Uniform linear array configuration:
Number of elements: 16
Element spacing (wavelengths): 1
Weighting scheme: cosine
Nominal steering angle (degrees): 45
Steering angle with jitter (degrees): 44.729
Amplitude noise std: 0.05
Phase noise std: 0.05

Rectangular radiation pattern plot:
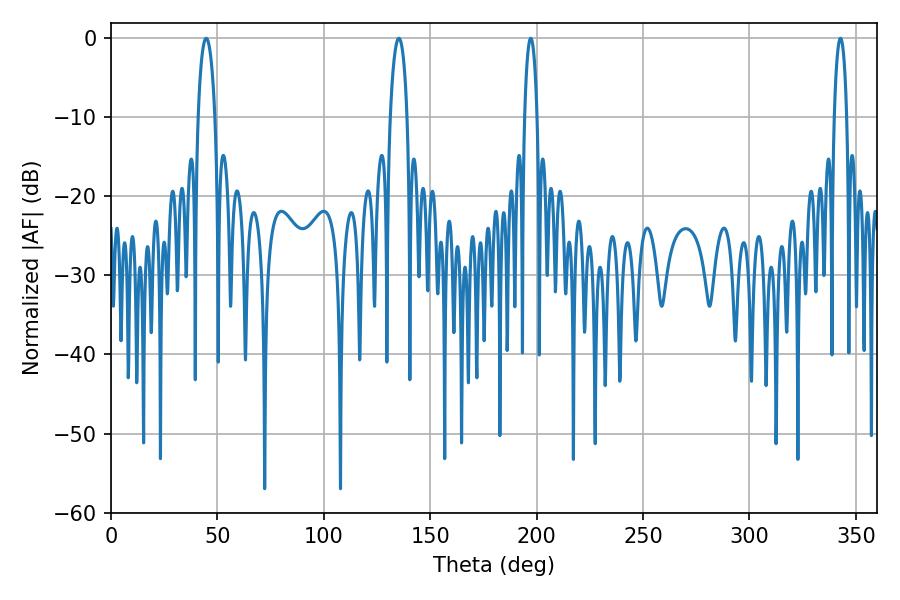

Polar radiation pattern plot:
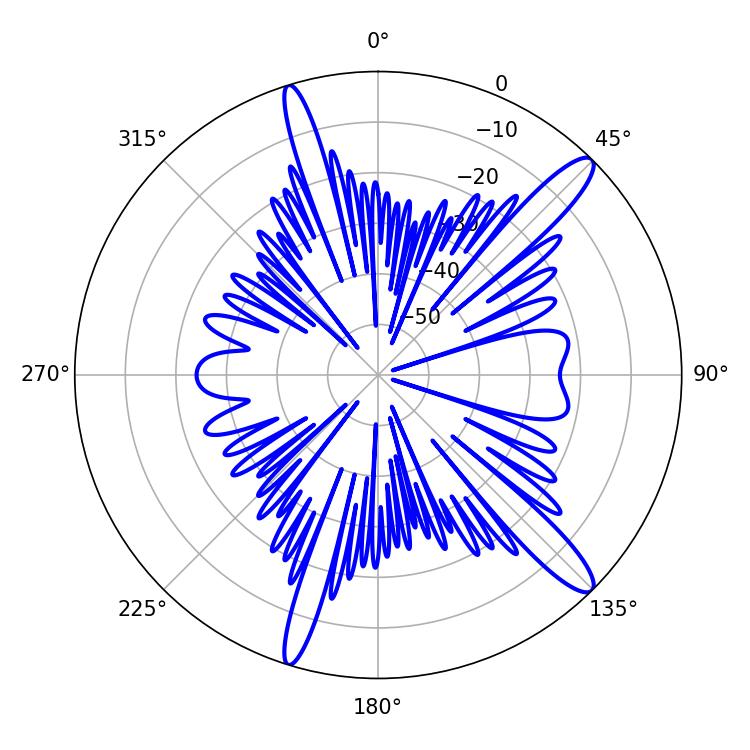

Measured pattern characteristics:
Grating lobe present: TRUE
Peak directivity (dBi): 13.677
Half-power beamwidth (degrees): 3.24
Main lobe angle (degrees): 197.28